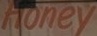
Honey